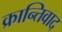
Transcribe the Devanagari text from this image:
क्रान्तिवाद